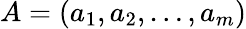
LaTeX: A=(a_{1},a_{2},\dots,a_{m})